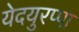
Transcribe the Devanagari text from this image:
येदयुरप्पा